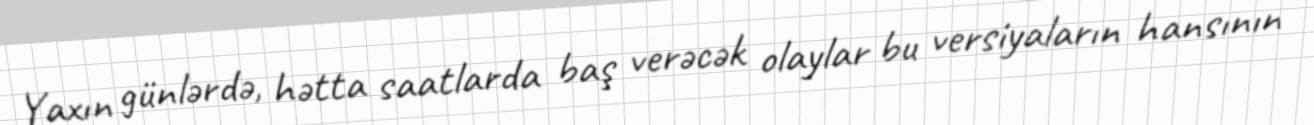
Yaxın günlərdə, hətta saatlarda baş verəcək olaylar bu versiyaların hansının